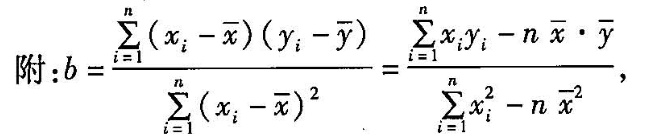
$$b= \frac { \sum _ { i = 1 } ^ { n } ( x _ { i } - \overline { x } ) ( y _ { i } - \overline { y } ) } { \sum _ { i = 1 } ^ { n } ( x _ { i } - \overline { x } ) ^ { 2 } } = \frac { \sum _ { i = 1 } ^ { n } x _ { i } y _ { i } - n \overline { x } \cdot \overline { y } } { \sum _ { i = 1 } ^ { n } x _ { i } ^ { 2 } - n \overline { x } ^ { 2 } }$$